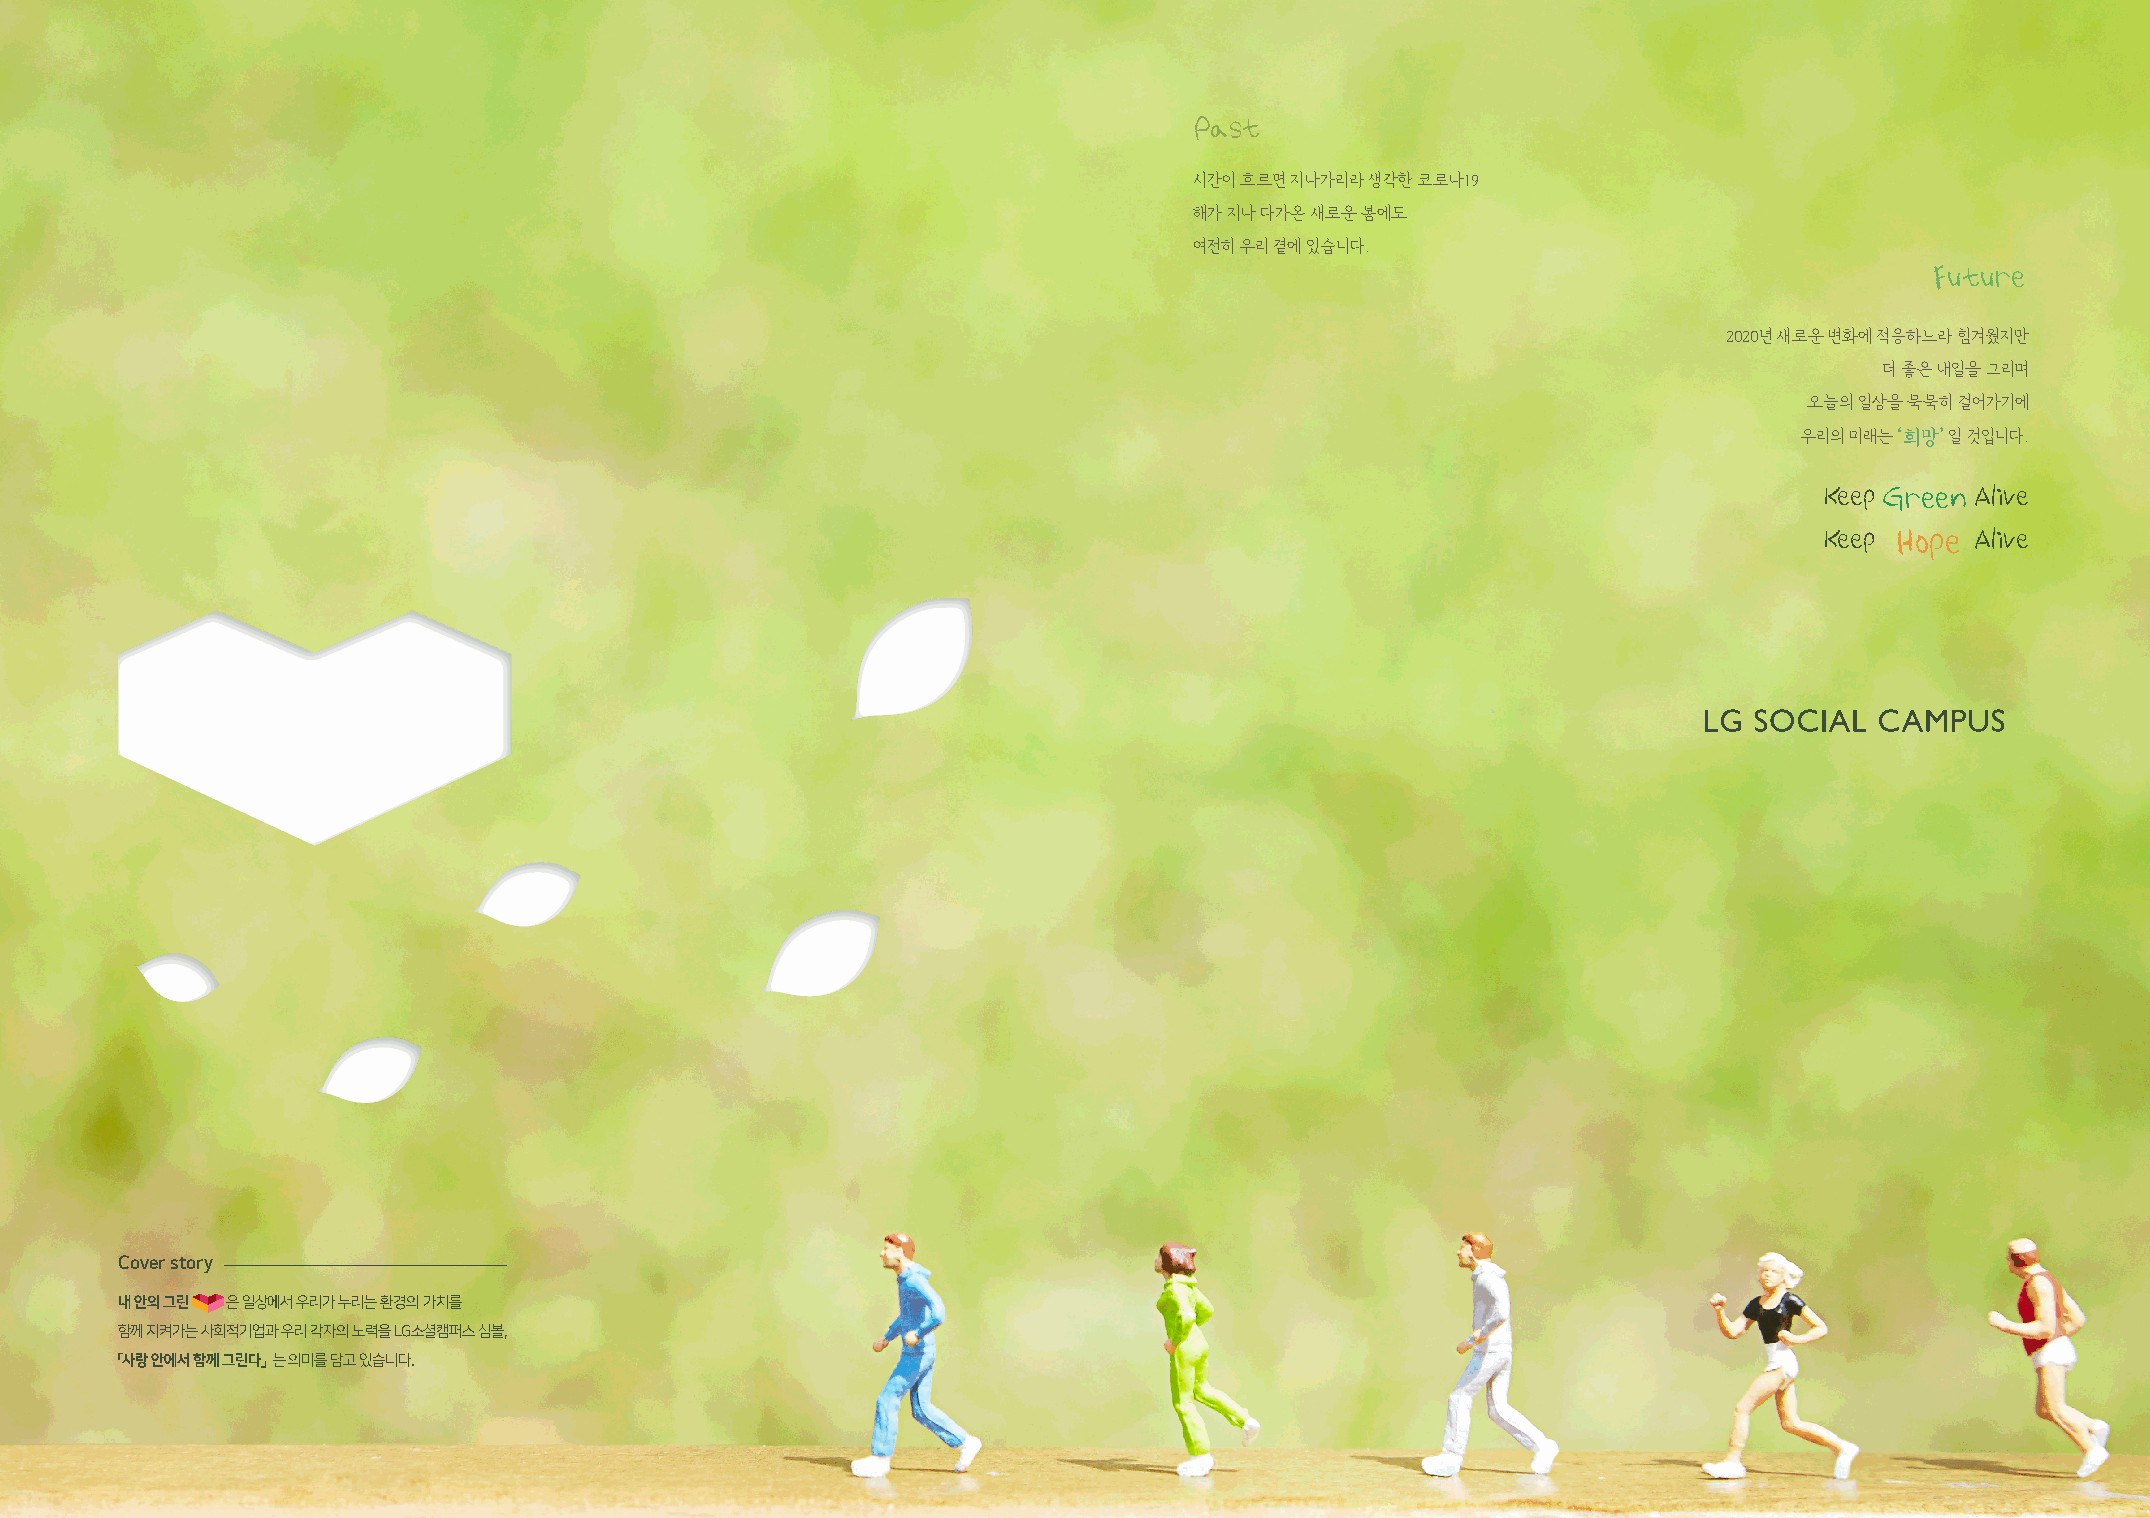
Past
 시간이 흐르면 지나가리라 생각한 코로나19
 해가 지나 다가온 새로운 봄에도
 여전히 우리 곁에 있습니다.
 Future
 2020년 새로운 변화에 적응하느라 힘겨웠지만
 더 좋은 내일을 그리며
 오늘의 일상을 묵묵히 걸어가기에
 우리의 미래는 ‘희망’ 일 것입니다.
 Keep G r e e n Alive
 Keep H o p e Alive
 Cover story
 내 안의 그린 은 일상에서 우리가 누리는 환경의 가치를
 함께 지켜가는 사회적기업과 우리 각자의 노력을 LG소셜캠퍼스 심볼,
 「사랑 안에서 함께 그린다」 는 의미를 담고 있습니다.